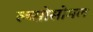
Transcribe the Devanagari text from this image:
ल्य्सोसोमल